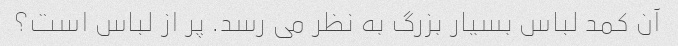
آن کمد لباس بسیار بزرگ به نظر می رسد. پر از لباس است؟